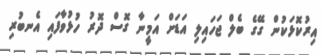
އިރުކޮޅަކުން ގޭގެ ބެލް ޖަހައިލި އަޑަށް އަމީނާ ގޮސް ދޮރު ހުޅުވާފައި އެނބުރި